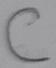
Text: C